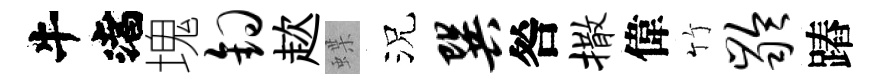
渚塊钩趑蝶況巽咎撒偉竹龄蹖